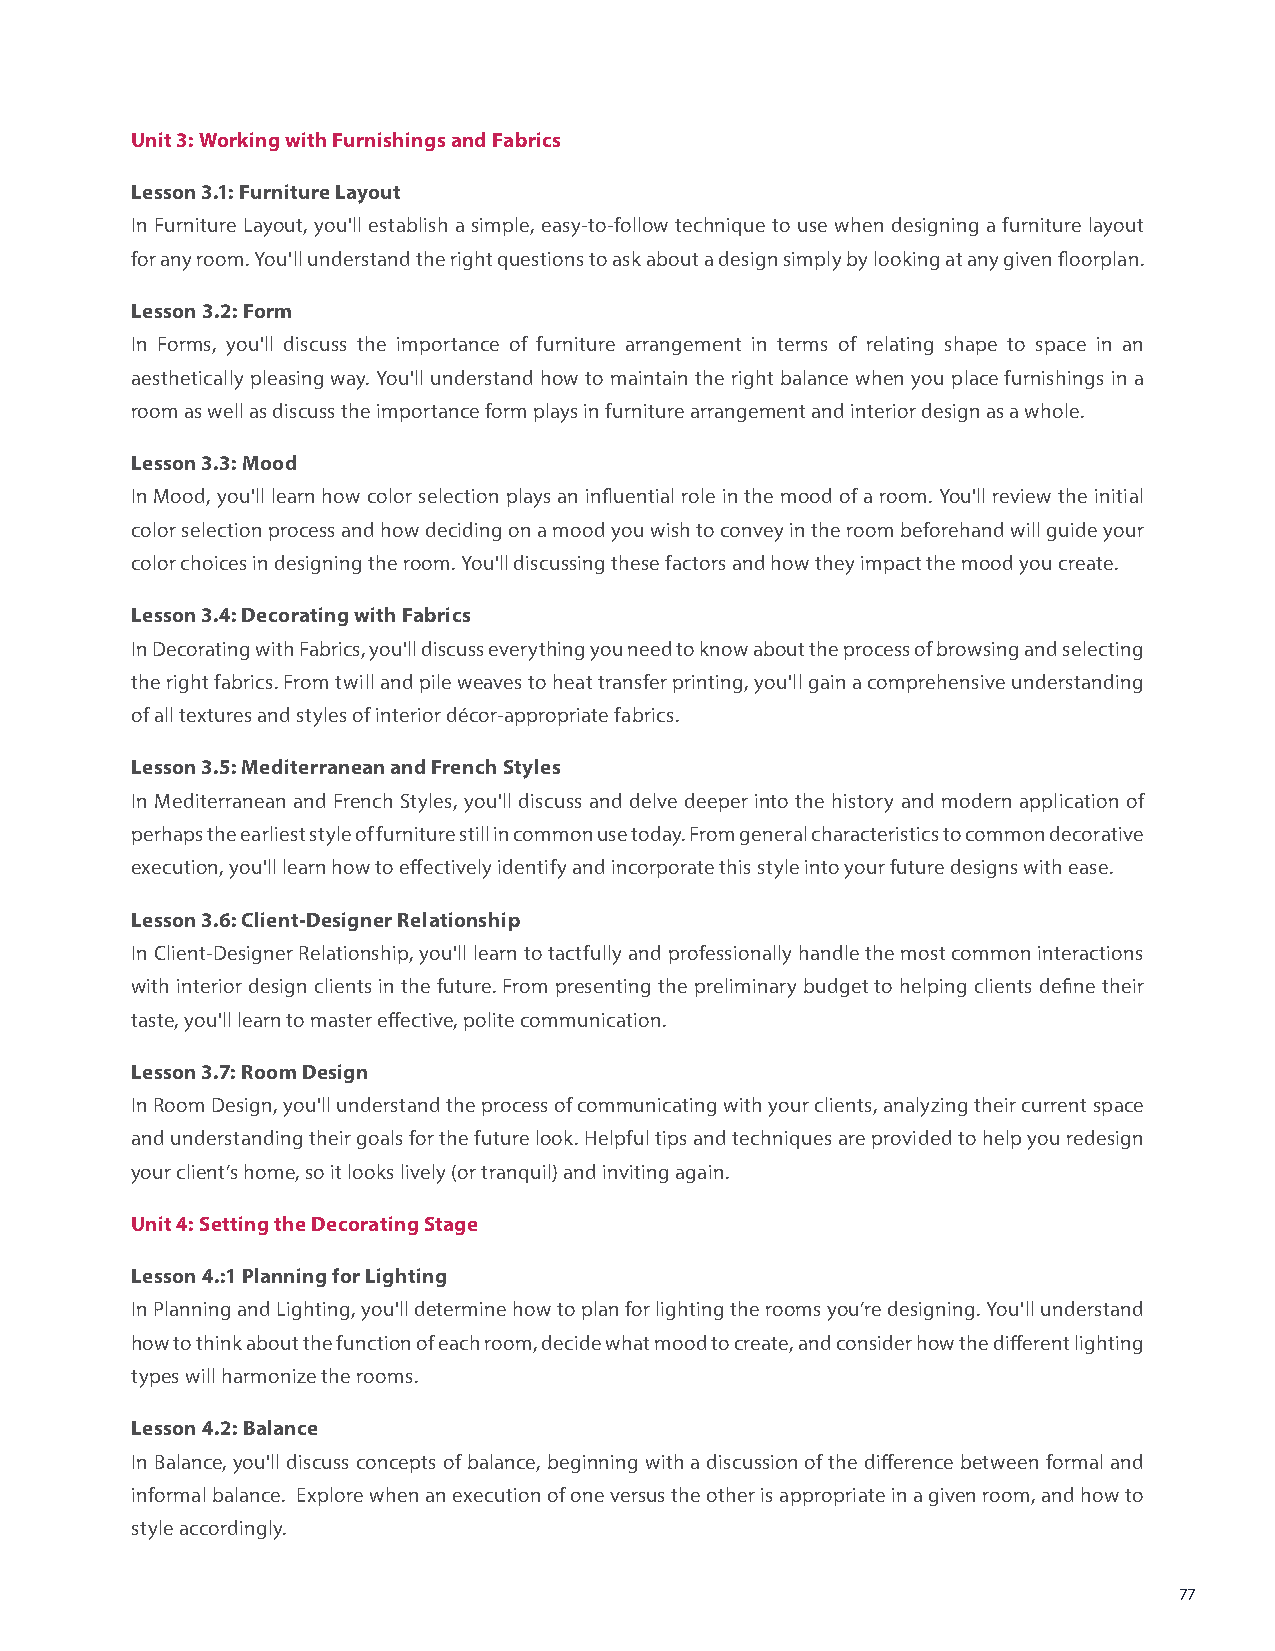
Unit 3: Working with Furnishings and Fabrics
 Lesson 3.1: Furniture Layout
 In Furniture Layout, you'll establish a simple, easy-to-follow technique to use when designing a furniture layout
 for any room. You'll understand the right questions to ask about a design simply by looking at any given floorplan.
 Lesson 3.2: Form
 In Forms, you'll discuss the importance of furniture arrangement in terms of relating shape to space in an
 aesthetically pleasing way. You'll understand how to maintain the right balance when you place furnishings in a
 room as well as discuss the importance form plays in furniture arrangement and interior design as a whole.
 Lesson 3.3: Mood
 In Mood, you'll learn how color selection plays an influential role in the mood of a room. You'll review the initial
 color selection process and how deciding on a mood you wish to convey in the room beforehand will guide your
 color choices in designing the room. You'll discussing these factors and how they impact the mood you create.
 Lesson 3.4: Decorating with Fabrics
 In Decorating with Fabrics, you'll discuss everything you need to know about the process of browsing and selecting
 the right fabrics. From twill and pile weaves to heat transfer printing, you'll gain a comprehensive understanding
 of all textures and styles of interior décor-appropriate fabrics.
 Lesson 3.5: Mediterranean and French Styles
 In Mediterranean and French Styles, you'll discuss and delve deeper into the history and modern application of
 perhaps the earliest style of furniture still in common use today. From general characteristics to common decorative
 execution, you'll learn how to effectively identify and incorporate this style into your future designs with ease.
 Lesson 3.6: Client-Designer Relationship
 In Client-Designer Relationship, you'll learn to tactfully and professionally handle the most common interactions
 with interior design clients in the future. From presenting the preliminary budget to helping clients define their
 taste, you'll learn to master effective, polite communication.
 Lesson 3.7: Room Design
 In Room Design, you'll understand the process of communicating with your clients, analyzing their current space
 and understanding their goals for the future look. Helpful tips and techniques are provided to help you redesign
 your client’s home, so it looks lively (or tranquil) and inviting again.
 Unit 4: Setting the Decorating Stage
 Lesson 4.:1 Planning for Lighting
 In Planning and Lighting, you'll determine how to plan for lighting the rooms you’re designing. You'll understand
 how to think about the function of each room, decide what mood to create, and consider how the different lighting
 types will harmonize the rooms.
 Lesson 4.2: Balance
 In Balance, you'll discuss concepts of balance, beginning with a discussion of the difference between formal and
 informal balance. Explore when an execution of one versus the other is appropriate in a given room, and how to
 style accordingly.
 77